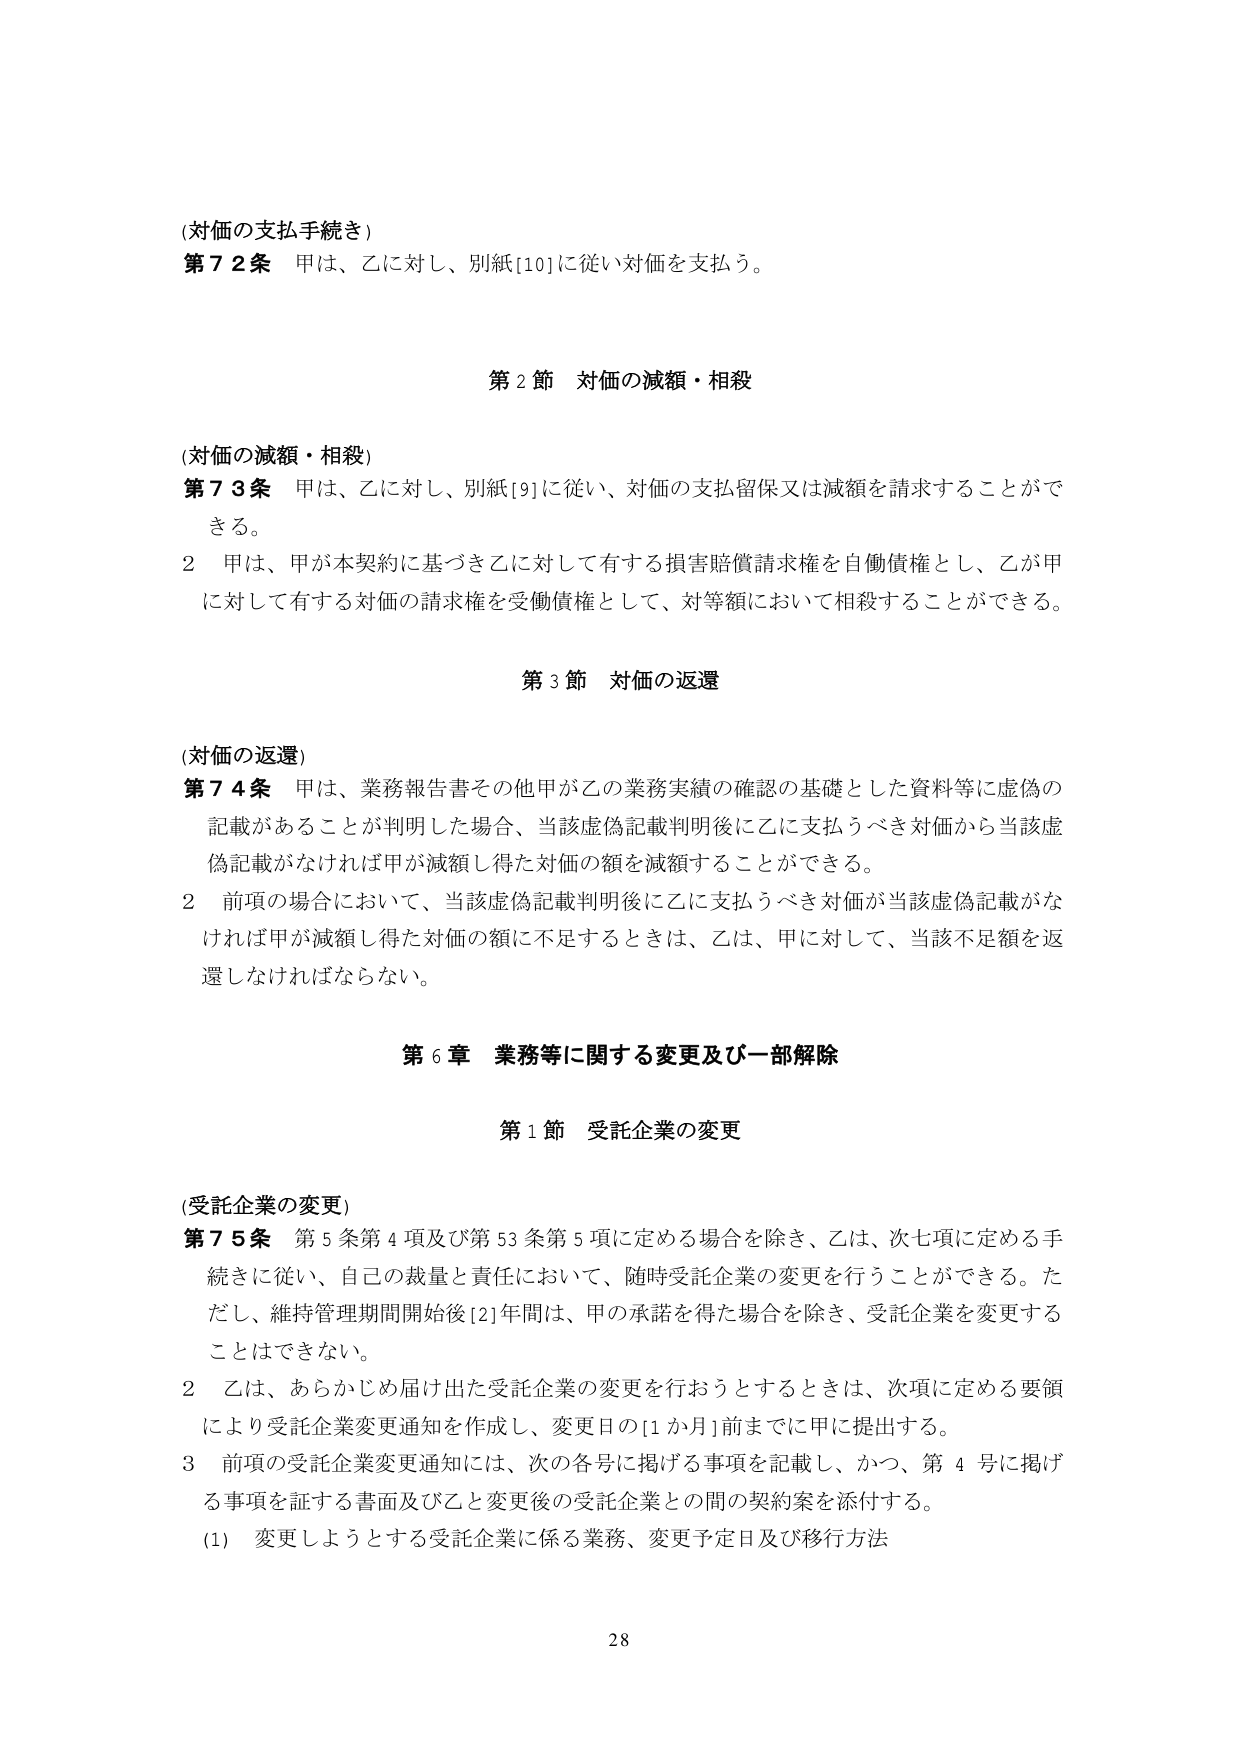
(対価の支払手続き)
第72条 甲は、乙に対し、別紙[10]に従い対価を支払う。

第2節 対価の減額・相殺

(対価の減額・相殺)
第73条 甲は、乙に対し、別紙[9]に従い、対価の支払留保又は減額を請求することができる。
2 甲は、甲が本契約に基づき乙に対して有する損害賠償請求権を自働債権とし、乙が甲に対して有する対価の請求権を受働債権として、対等額において相殺することができる。

第3節 対価の返還

(対価の返還)
第74条 甲は、業務報告書その他甲が乙の業務実績の確認の基礎とした資料等に虚偽の記載があることが判明した場合、当該虚偽記載判明後に乙に支払うべき対価から当該虚偽記載がなければ甲が減額し得た対価の額を減額することができる。
2 前項の場合において、当該虚偽記載判明後に乙に支払うべき対価が当該虚偽記載がなければ甲が減額し得た対価の額に不足するときは、乙は、甲に対して、当該不足額を返還しなければならない。

第6章 業務等に関する変更及び一部解除

第1節 受託企業の変更

(受託企業の変更)
第75条 第5条第4項及び第53条第5項に定める場合を除き、乙は、次七項に定める手続きに従い、自己の裁量と責任において、随時受託企業の変更を行うことができる。ただし、維持管理期間開始後[2]年間は、甲の承諾を得た場合を除き、受託企業を変更することはできない。
2 乙は、あらかじめ届け出た受託企業の変更を行おうとするときは、次項に定める要領により受託企業変更通知を作成し、変更日の[1か月]前までに甲に提出する。
3 前項の受託企業変更通知には、次の各号に掲げる事項を記載し、かつ、第4号に掲げる事項を証する書面及び乙と変更後の受託企業との間の契約案を添付する。
(1) 変更しようとする受託企業に係る業務、変更予定日及び移行方法

28